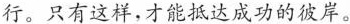
行。只有这样，才能抵达成功的彼岸